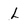
Character: L